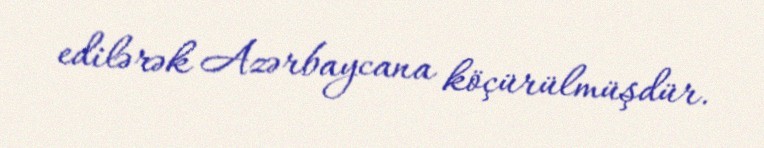
edilərək Azərbaycana köçürülmüşdür.